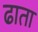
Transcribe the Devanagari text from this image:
ढाता